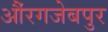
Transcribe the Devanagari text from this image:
औंरगजेबपुर